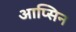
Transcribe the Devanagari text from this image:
आप्सिन